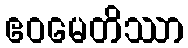
ဧဝမေတိဿာ